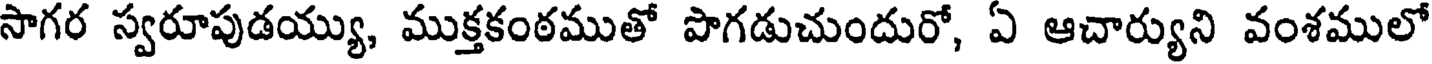
సాగర స్వరూపుడయ్యు, ముక్తకంఠముతో పొగడుచుందురో, ఏ ఆచార్యుని వంశములో